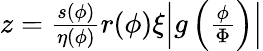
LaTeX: \begin{array}{r}{z=\frac{s(\phi)}{\eta(\phi)}r(\phi)\xi\Big|g\left(\frac{\phi}{\Phi}\right)\Big|}\end{array}